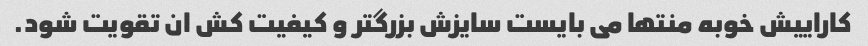
کاراییش خوبه منتها می بایست سایزش بزرگتر و کیفیت کش ان تقویت شود.